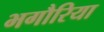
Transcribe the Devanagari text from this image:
भगौरिया